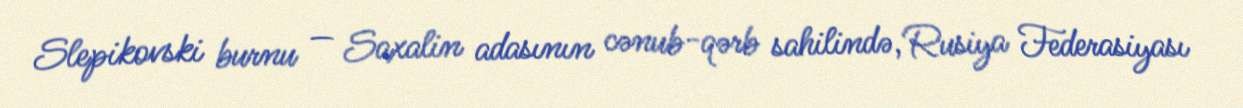
Slepikovski burnu — Saxalin adasının cənub-qərb sahilində, Rusiya Federasiyası